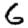
Digit: 6